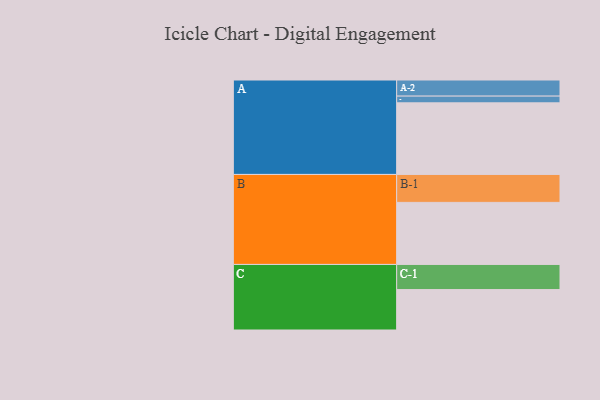
{"axis": {"x": "Segment", "y": "Value"}, "legend": ["", "A", "B", "C"], "data": [{"x": "A", "y": 533, "type": ""}, {"x": "B", "y": 462, "type": ""}, {"x": "C", "y": 301, "type": ""}, {"x": "A-1", "y": 50, "type": "A"}, {"x": "A-2", "y": 120, "type": "A"}, {"x": "B-1", "y": 208, "type": "B"}, {"x": "C-1", "y": 187, "type": "C"}]}